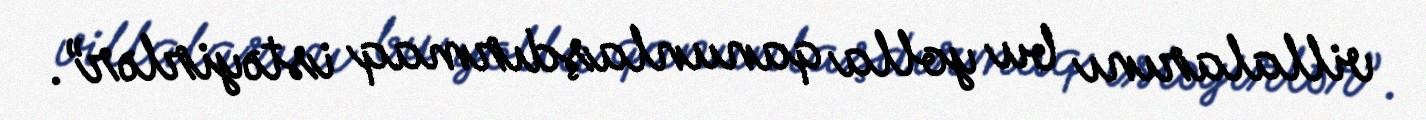
villalarını bu yolla qanunlaşdırmaq istəyirlər”.